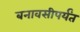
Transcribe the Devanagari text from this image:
बनावसीपर्यंत